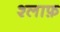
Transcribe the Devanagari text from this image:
श्लाफ़